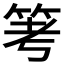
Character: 𥬯